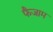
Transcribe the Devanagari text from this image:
फैजाम